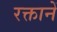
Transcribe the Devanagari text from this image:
रक्तानें